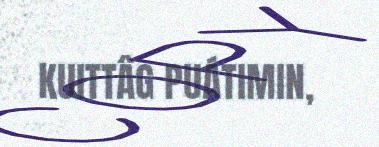
KUITTÂG PUÁTIMIN,